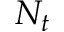
N _ { t }